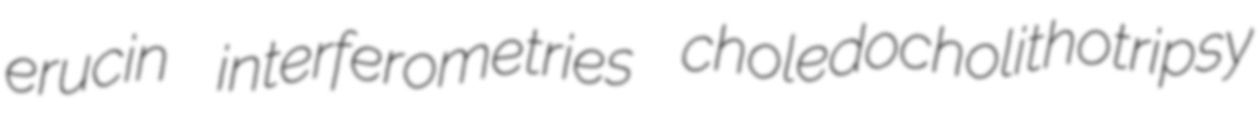
erucin interferometries choledocholithotripsy